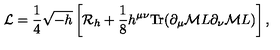
{ \cal L } = { \frac { 1 } { 4 } } \sqrt { - h } \left[ { \cal R } _ { h } + { \frac { 1 } { 8 } } h ^ { \mu \nu } \mathrm { T r } ( \partial _ { \mu } { \cal M } L \partial _ { \nu } { \cal M } L ) \right] ,